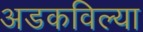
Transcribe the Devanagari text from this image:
अडकविल्या